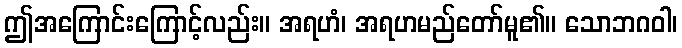
ဤအကြောင်းကြောင့်လည်း။ အရဟံ၊ အရဟမည်တော်မူ၏။ သောဘဂဝါ၊